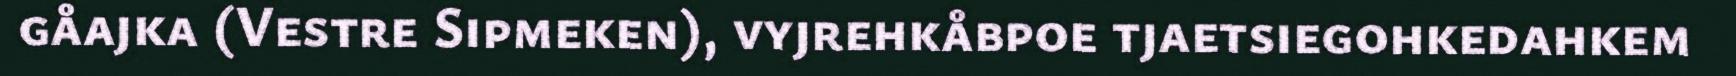
gåajka (Vestre Sipmeken), vyjrehkåbpoe tjaetsiegohkedahkem